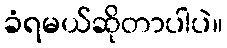
ခံရမယ်ဆိုတာပါပဲ။